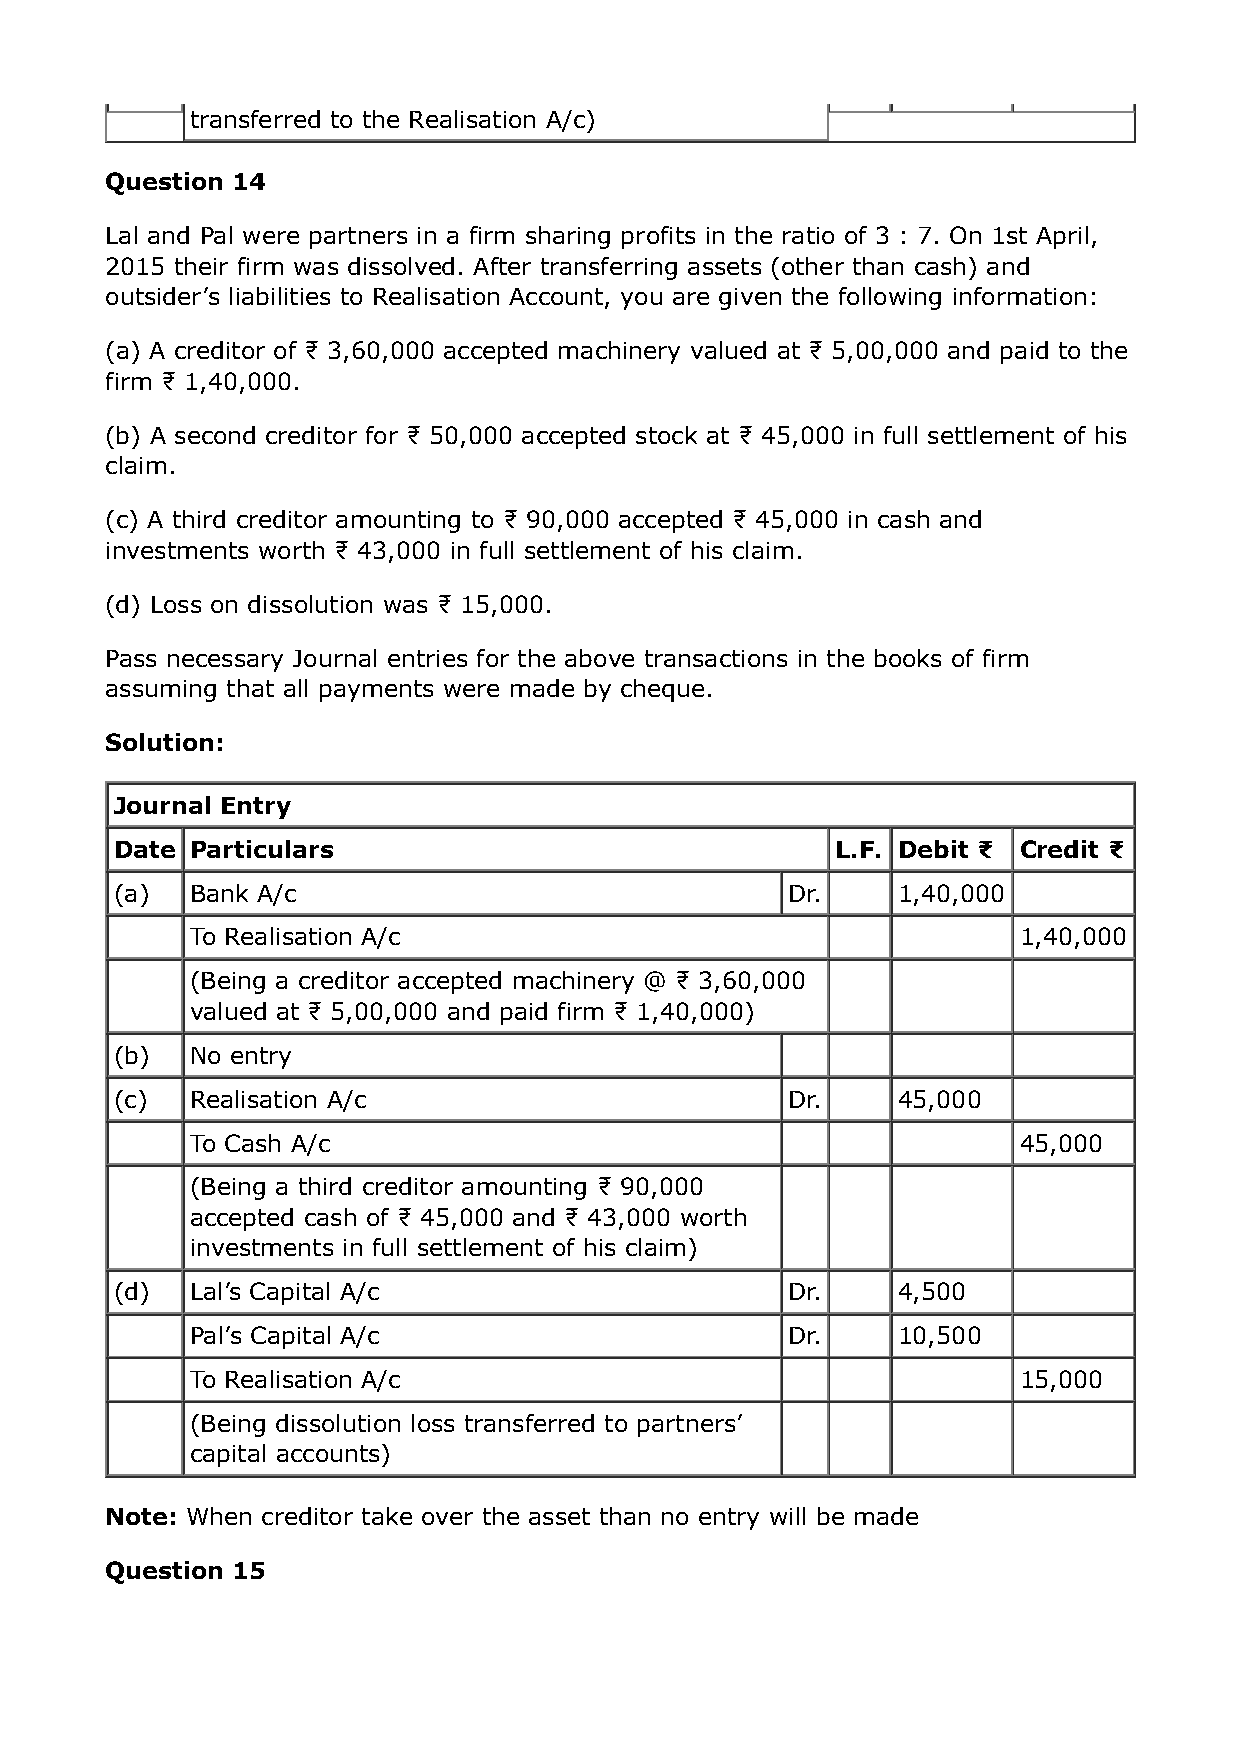
transferred to the Realisation A/c)
 Question 14
 Lal and Pal were partners in a firm sharing profits in the ratio of 3 : 7. On 1st April,
 2015 their firm was dissolved. After transferring assets (other than cash) and
 outsider’s liabilities to Realisation Account, you are given the following information:
 (a) A creditor of ₹ 3,60,000 accepted machinery valued at ₹ 5,00,000 and paid to the
 firm ₹ 1,40,000.
 (b) A second creditor for ₹ 50,000 accepted stock at ₹ 45,000 in full settlement of his
 claim.
 (c) A third creditor amounting to ₹ 90,000 accepted ₹ 45,000 in cash and
 investments worth ₹ 43,000 in full settlement of his claim.
 (d) Loss on dissolution was ₹ 15,000.
 Pass necessary Journal entries for the above transactions in the books of firm
 assuming that all payments were made by cheque.
 Solution:
 Journal Entry
 Date Particulars                               L.F. Debit ₹ Credit ₹
 (a)  Bank A/c                               Dr.    1,40,000
 To Realisation A/c                                    1,40,000
 (Being a creditor accepted machinery @ ₹ 3,60,000
 valued at ₹ 5,00,000 and paid firm ₹ 1,40,000)
 (b)  No entry
 (c)  Realisation A/c                        Dr.    45,000
 To Cash A/c                                           45,000
 (Being a third creditor amounting ₹ 90,000
 accepted cash of ₹ 45,000 and ₹ 43,000 worth
 investments in full settlement of his claim)
 (d)  Lal’s Capital A/c                      Dr.    4,500
 Pal’s Capital A/c                      Dr.    10,500
 To Realisation A/c                                    15,000
 (Being dissolution loss transferred to partners’
 capital accounts)
 Note: When creditor take over the asset than no entry will be made
 Question 15